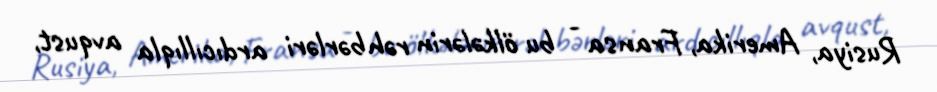
Rusiya, Amerika, Fransa - bu ölkələrin rəhbərləri ardıcıllıqla avqust,